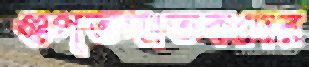
গুপ্তঘাতকদের